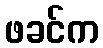
ဖခင်က